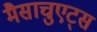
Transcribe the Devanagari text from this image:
मैसाचुएट्स